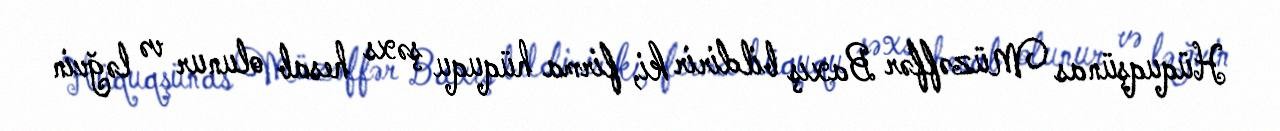
Hüquqşünas Müzəffər Baxış bildirir ki, firma hüququ şəxs hesab olunur və ləğvin